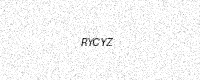
Text: RYCYZ